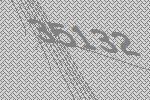
35132